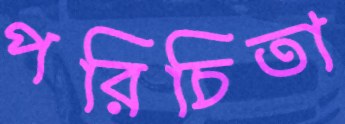
পরিচিতা